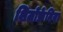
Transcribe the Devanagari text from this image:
शिजोफ्रेनिया